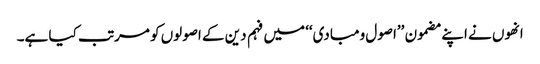
انھوں نے اپنے مضمون ’’اصول ومبادی‘‘ میں فہم دین کے اصولوں کو مرتب کیا ہے۔